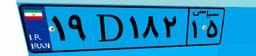
۳۸D۳۱۵۴۳